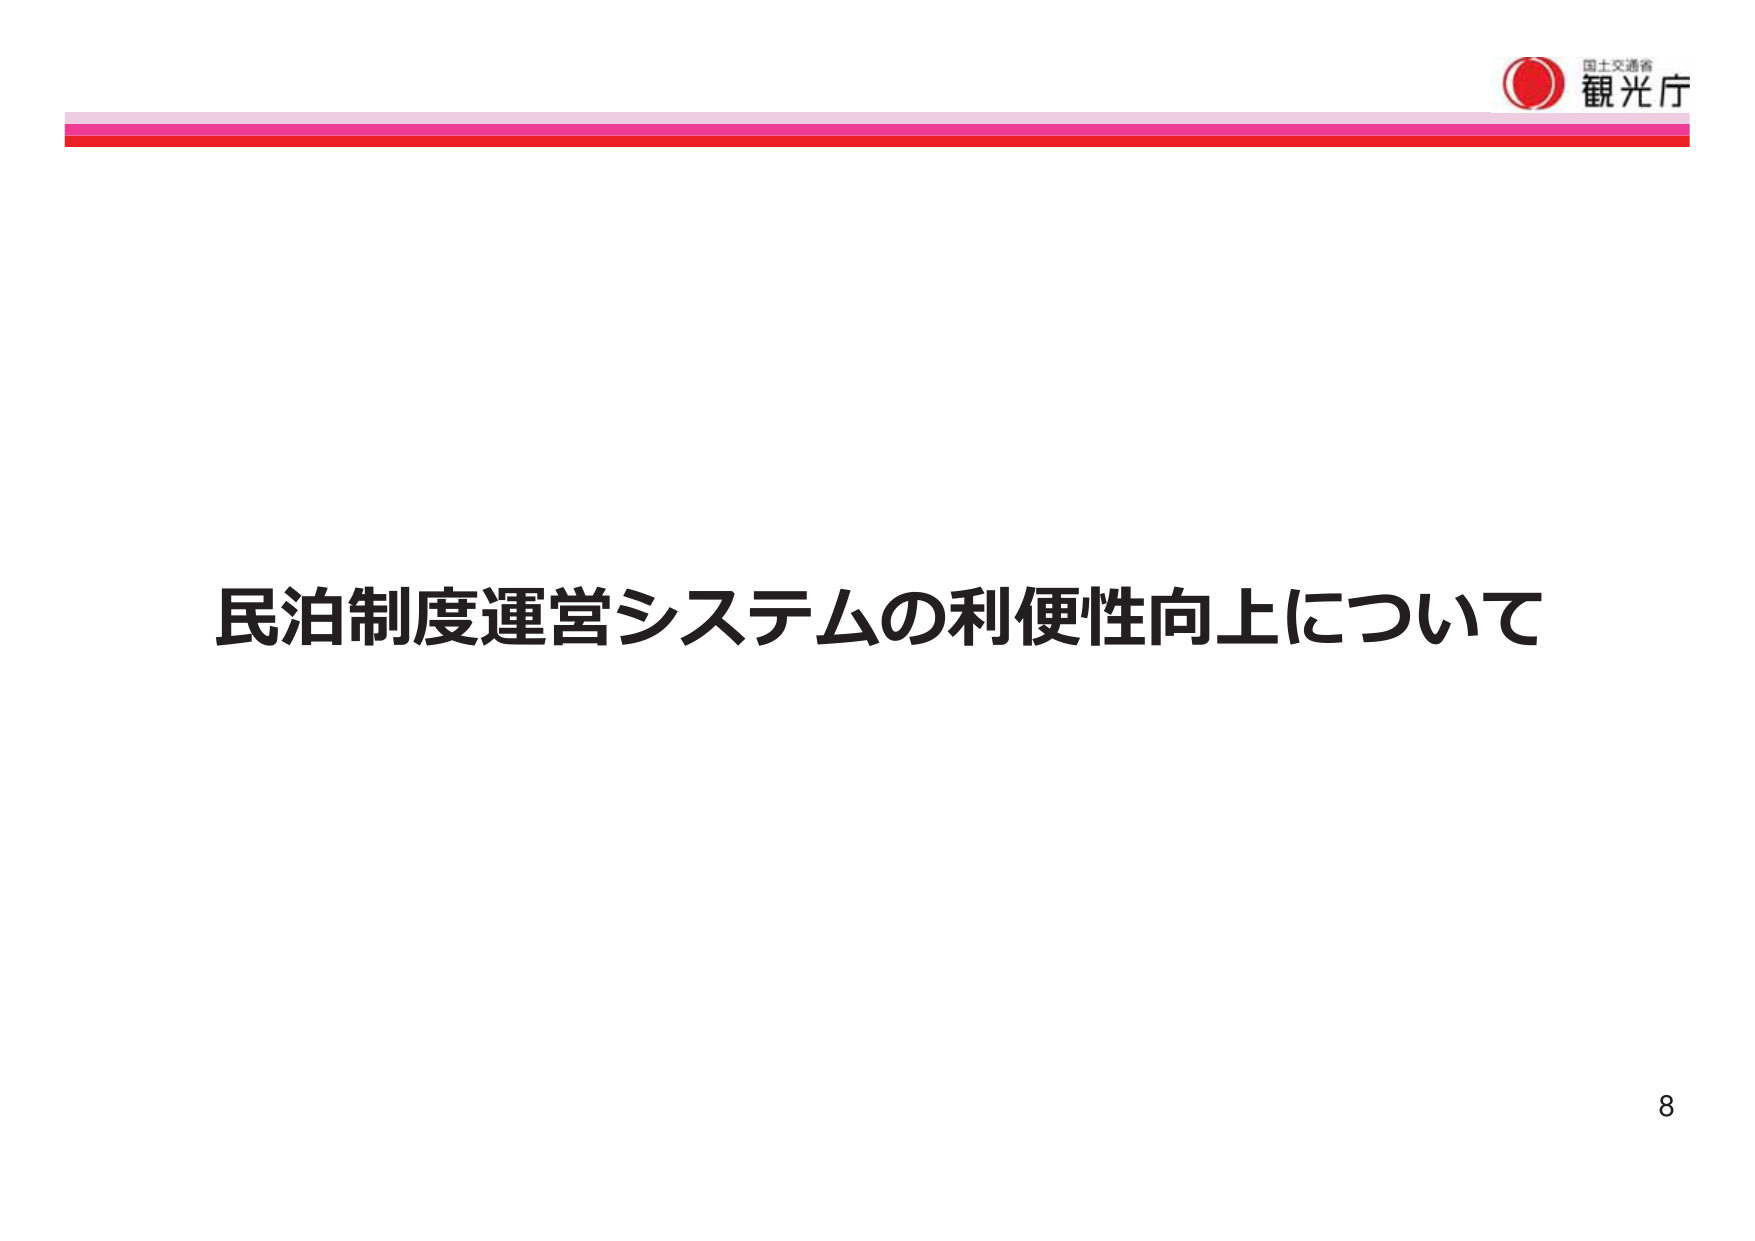
国土交通省
観光庁
民泊制度運営システムの利便性向上について
8